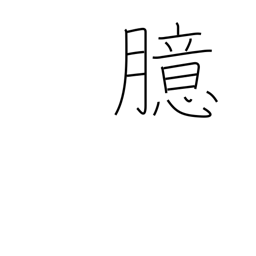
Meaning: mind